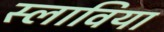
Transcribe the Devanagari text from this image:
स्लाविया